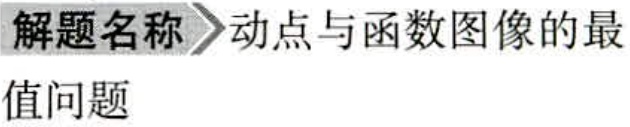
解题名称  动点与函数图像的最值问题